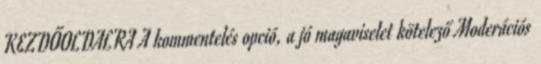
KEZDŐOLDALRA A kommentelés opció, a jó magaviselet kötelező Moderációs